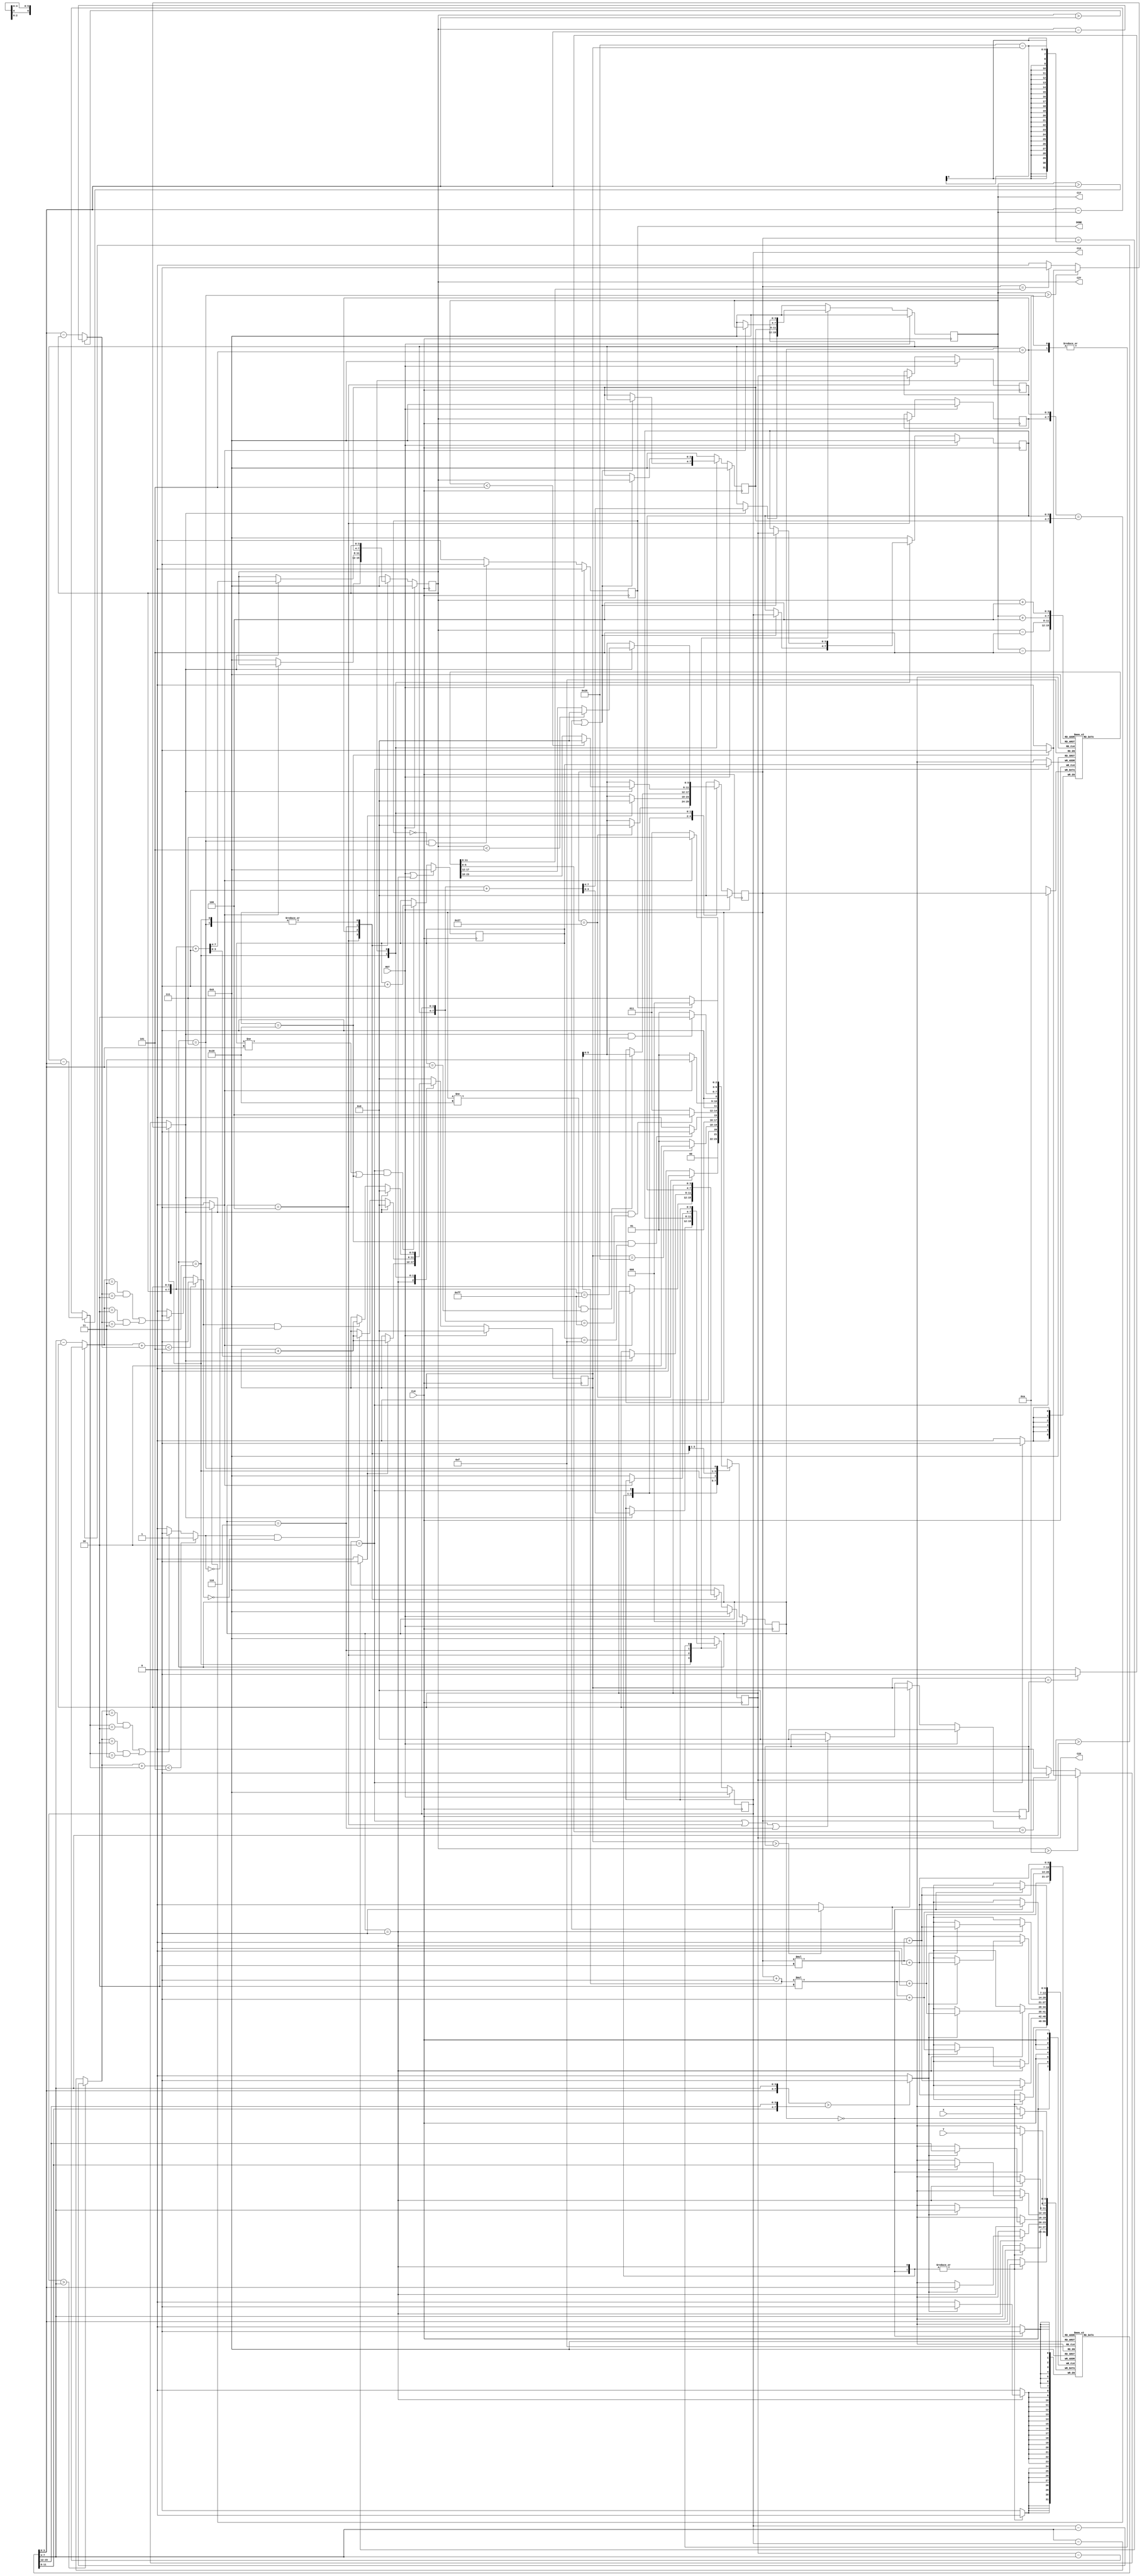
// EEGuizhi
module LASER (
    input CLK,
    input RST,
    input [3:0] X,
    input [3:0] Y,
    output reg [3:0] C1X,
    output reg [3:0] C1Y,
    output reg [3:0] C2X,
    output reg [3:0] C2Y,
    output reg DONE
    );


    parameter x = 0;  // coords
    parameter y = 1;

    parameter TRUE = 1;  // T&F
    parameter FALSE = 0;

    parameter INPUT = 0;  // states
    parameter SORTING = 1;
    parameter FIND_ROW = 2;
    parameter MOVE_C1 = 3;
    parameter LOC_C1 = 4;
    parameter MOVE_C2 = 5;
    parameter LOC_C2 = 6;
    parameter FINISH = 7;

    parameter LAST_OBJ = 39;
    parameter LAST_POS = {4'b1111, 4'b1111};


    wire check_done, c1_search_done, c2_search_done;
    wire max_update, equal_max;
    wire exchange, restart;
    wire converge;

    wire [3:0] dist_c1 [0:1];
    wire [3:0] dist_c2 [0:1];
    reg inside_c1, inside_c2;

    reg [3:0] objects [0:39][0:1];
    reg [5:0] obj_ptr;  // point to 40 objects, need 6 bits (2^6 = 64 > 40)
    reg [5:0] row_ends [0:14];  // saving every row's end, equals to "next row's start"
    reg [3:0] row_ptr;  // point to row_ends, row_ends[row_ptr] is where the "row_ptr"th row's end

    reg [5:0] obj_counts;
    reg [5:0] max_counts;
    reg [3:0] best_pos [0:1];
    reg [3:0] last_pos [0:1];

    reg [2:0] curr_state;
    reg [2:0] next_state;


    // Sorting
    assign exchange = ({objects[obj_ptr][y], objects[obj_ptr][x]} > {objects[obj_ptr+1][y], objects[obj_ptr+1][x]}) ? TRUE : FALSE;
    assign restart = (obj_ptr == (LAST_OBJ-1 - obj_counts)) ? TRUE : FALSE;

    // Whether checking 40 objs is done
    assign c1_search_done = (C1Y > 10) ?
                                (obj_ptr == LAST_OBJ+1) ? TRUE : FALSE
                            :
                                (obj_ptr == row_ends[C1Y+4]) ? TRUE : FALSE;
    assign c2_search_done = (C2Y > 10) ?
                                (obj_ptr == LAST_OBJ+1) ? TRUE : FALSE
                            :
                                (obj_ptr == row_ends[C2Y+4]) ? TRUE : FALSE;
    assign check_done = (curr_state == MOVE_C1) ? c1_search_done : c2_search_done;

    // Max count update
    assign max_update = (obj_counts > max_counts) ? TRUE : FALSE;
    assign equal_max = (obj_counts == max_counts) ? TRUE : FALSE;

    // Convergence check
    assign converge = ({last_pos[y], last_pos[x]} == {best_pos[y], best_pos[x]}) ? TRUE : FALSE;

    // Inside circles checking
    assign dist_c1[x] = (C1X > objects[obj_ptr][x]) ? C1X - objects[obj_ptr][x] : objects[obj_ptr][x] - C1X;  // dist x to c1
    assign dist_c1[y] = (C1Y > objects[obj_ptr][y]) ? C1Y - objects[obj_ptr][y] : objects[obj_ptr][y] - C1Y;  // dist y to c1
    assign dist_c2[x] = (C2X > objects[obj_ptr][x]) ? C2X - objects[obj_ptr][x] : objects[obj_ptr][x] - C2X;  // dist x to c2
    assign dist_c2[y] = (C2Y > objects[obj_ptr][y]) ? C2Y - objects[obj_ptr][y] : objects[obj_ptr][y] - C2Y;  // dist y to c2
    always @(*) begin  // (0, 4), (1, 3), (2, 3), (3, 2), (3, 1), (4, 0)
        if((dist_c1[x] + dist_c1[y]) < 5)
            inside_c1 = TRUE;
        else if((dist_c1[x] == 3 && dist_c1[y] == 2) || (dist_c1[x] == 2 && dist_c1[y] == 3))
            inside_c1 = TRUE;
        else
            inside_c1 = FALSE;
    end
    always @(*) begin  // (0, 4), (1, 3), (2, 3), (3, 2), (3, 1), (4, 0)
        if((dist_c2[x] + dist_c2[y]) < 5)
            inside_c2 = TRUE;
        else if((dist_c2[x] == 3 && dist_c2[y] == 2) || (dist_c2[x] == 2 && dist_c2[y] == 3))
            inside_c2 = TRUE;
        else
            inside_c2 = FALSE;
    end


    // FSM
    always @(posedge CLK) begin
        if(RST)
            curr_state <= 0;
        else
            curr_state <= next_state;
    end
    always @(*) begin
        case(curr_state)
            INPUT: begin
                if(obj_ptr == LAST_OBJ)
                    next_state = SORTING;
                else
                    next_state = INPUT;
            end
            SORTING: begin
                if(obj_counts == LAST_OBJ-1)
                    next_state = FIND_ROW;
                else
                    next_state = SORTING;
            end
            FIND_ROW: begin
                if(obj_ptr == LAST_OBJ+1 && row_ptr == 15)
                    next_state = MOVE_C1;
                else
                    next_state = FIND_ROW;
            end
            MOVE_C1: begin
                if(check_done && {C1Y, C1X} == LAST_POS)
                    next_state = LOC_C1;
                else
                    next_state = MOVE_C1;
            end
            LOC_C1: begin
                if(converge)
                    next_state = FINISH;
                else
                    next_state = MOVE_C2;
            end
            MOVE_C2: begin
                if(check_done && {C2Y, C2X} == LAST_POS)
                    next_state = LOC_C2;
                else
                    next_state = MOVE_C2;
            end
            LOC_C2: begin
                if(converge)
                    next_state = FINISH;
                else
                    next_state = MOVE_C1;
            end
            FINISH: begin
                if(DONE)
                    next_state = INPUT;
                else
                    next_state = FINISH;
            end
            default:
                next_state = 0;
        endcase
    end


    // Objects coord saving
    always @(posedge CLK) begin
        case(curr_state)
            INPUT:
                {objects[obj_ptr][y], objects[obj_ptr][x]} <= {Y, X};
            SORTING: begin
                if(exchange) begin
                    {objects[obj_ptr][y], objects[obj_ptr][x]} <= {objects[obj_ptr+1][y], objects[obj_ptr+1][x]};
                    {objects[obj_ptr+1][y], objects[obj_ptr+1][x]} <= {objects[obj_ptr][y], objects[obj_ptr][x]};
                end
            end
            default: begin
                objects[obj_ptr][x] <= objects[obj_ptr][x];
                objects[obj_ptr][y] <= objects[obj_ptr][y];
            end 
        endcase
    end


    // Object pointer control
    always @(posedge CLK) begin
        if(RST)
            obj_ptr <= 0;
        else begin
            case(curr_state)
                INPUT: begin
                    if(obj_ptr == LAST_OBJ)
                        obj_ptr <= 0;
                    else
                        obj_ptr <= obj_ptr + 1;
                end
                SORTING: begin
                    if(restart)
                        obj_ptr <= 0;
                    else
                        obj_ptr <= obj_ptr + 1;
                end
                FIND_ROW: begin
                    if(obj_ptr != LAST_OBJ+1 && row_ptr == objects[obj_ptr][y])
                        obj_ptr <= obj_ptr + 1;
                    else
                        obj_ptr <= obj_ptr;
                end
                MOVE_C1: begin
                    if(check_done) begin
                        if(C1Y < 5)
                            obj_ptr <= 0;
                        else
                            obj_ptr <= row_ends[C1Y - 5];
                    end
                    else
                        obj_ptr <= obj_ptr + 1;
                end
                MOVE_C2: begin
                    if(check_done) begin
                        if(C2Y < 5)
                            obj_ptr <= 0;
                        else
                            obj_ptr <= row_ends[C2Y - 5];
                    end
                    else
                        obj_ptr <= obj_ptr + 1;
                end
                default:
                    obj_ptr <= 0;
            endcase
        end
    end


    // Get every row's end, equals to "next row's start"
    always @(posedge CLK) begin  // saving every row's end
        if(curr_state == FIND_ROW)
            row_ends[row_ptr] <= obj_ptr;
    end
    always @(posedge CLK) begin  // row pointer control
        if(RST || curr_state == SORTING)
            row_ptr <= 0;
        else if(curr_state == FIND_ROW && (row_ptr != objects[obj_ptr][y] || obj_ptr == LAST_OBJ+1))
            row_ptr <= row_ptr + 1;
    end


    // Position control
    always @(posedge CLK) begin  // Circle 1
        if(RST)
            {C1Y, C1X} <= 0;
        else begin
            case(curr_state)
                MOVE_C1: begin
                    if(check_done)  // next position
                        {C1Y, C1X} <= {C1Y, C1X} + 1;
                end
                LOC_C1:
                    {C1Y, C1X} <= {best_pos[y], best_pos[x]};
                MOVE_C2:
                    {C1Y, C1X} <= {C1Y, C1X};
                LOC_C2: begin
                    if(!converge)
                        {C1Y, C1X} <= 0;
                end
                FINISH:
                    {C1Y, C1X} <= {C1Y, C1X};
                default:  // reset
                    {C1Y, C1X} <= 0;
            endcase
        end
    end
    always @(posedge CLK) begin  // Circle 2
        if(RST)
            {C2Y, C2X} <= 0;
        else begin
            case(curr_state)
                MOVE_C1:
                    {C2Y, C2X} <= {C2Y, C2X};
                LOC_C1: begin
                    if(!converge)
                        {C2Y, C2X} <= 0;
                end
                MOVE_C2: begin
                    if(check_done)  // next position
                        {C2Y, C2X} <= {C2Y, C2X} + 1;
                end
                LOC_C2:
                    {C2Y, C2X} <= {best_pos[y], best_pos[x]};
                FINISH:
                    {C2Y, C2X} <= {C2Y, C2X};
                default:  // reset
                    {C2Y, C2X} <= 0;
            endcase
        end
    end


    // Logging best result
    always @(posedge CLK) begin  // counting objects
        if(RST)
            obj_counts <= 0;
        else begin
            case(curr_state)
                SORTING: begin
                    if(restart)
                        obj_counts <= obj_counts + 1;
                end
                MOVE_C1: begin
                    if(check_done)  // reset
                        obj_counts <= 0;
                    else if(inside_c1 && !inside_c2)  // counting
                        obj_counts <= obj_counts + 1;
                end
                MOVE_C2: begin
                    if(check_done)  // reset
                        obj_counts <= 0;
                    else if(inside_c2 && !inside_c1)  // counting
                        obj_counts <= obj_counts + 1;
                end
                default:
                    obj_counts <= 0;
            endcase
        end
    end
    always @(posedge CLK) begin  // logging max count
        if(RST)
            max_counts <= 0;
        else begin
            if(max_update)  // update max
                max_counts <= obj_counts;
            else if(curr_state == FIND_ROW || curr_state == LOC_C1 || curr_state == LOC_C2)  // reset
                max_counts <= 0;
        end
    end
    always @(posedge CLK) begin  // (position) convergence checking
        if(RST) begin
            last_pos[y] <= 0;
            last_pos[x] <= 0;
        end
        else begin
            case(curr_state)
                LOC_C1: begin  // saving c2 before MOVE_C2
                    last_pos[y] <= C2Y;
                    last_pos[x] <= C2X;
                end
                LOC_C1: begin  // saving c1 before MOVE_C1
                    last_pos[y] <= C1Y;
                    last_pos[x] <= C1X;
                end
                default: begin
                    last_pos[y] <= last_pos[y];
                    last_pos[x] <= last_pos[x];
                end
            endcase
        end
    end
    always @(posedge CLK) begin  // saving best position
        if(RST)
            {best_pos[y], best_pos[x]} <= 0;
        else begin
            case(curr_state)
                MOVE_C1: begin
                    if(max_update || equal_max)
                        {best_pos[y], best_pos[x]} <= {C1Y, C1X};
                end
                MOVE_C2: begin
                    if(max_update || equal_max)
                        {best_pos[y], best_pos[x]} <= {C2Y, C2X};
                end
                default:
                    {best_pos[y], best_pos[x]} <= 0;
            endcase
        end
    end


    // Finish searching
    always @(posedge CLK) begin
        if(RST)
            DONE <= FALSE;
        else begin
            if(curr_state == FINISH && !DONE)
                DONE <= TRUE;
            else
                DONE <= FALSE;
        end
    end
endmodule